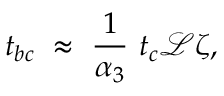
{ t _ { b c } } ~ \approx ~ \frac { 1 } { \alpha _ { 3 } } ~ t _ { c } \mathscr { L } \zeta ,